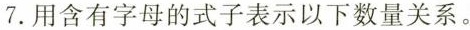
7.用含有字母的式子表示以下数量关系。